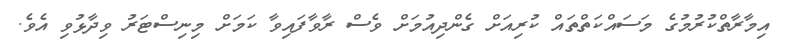
އިމާރާތްކުރުމުގެ މަސައްކަތްތައް ކުރިއަށް ގެންދިއުމަށް ވެސް ރާވާފައިވާ ކަމަށް މިނިސްޓަރު ވިދާޅުވި އެވެ.